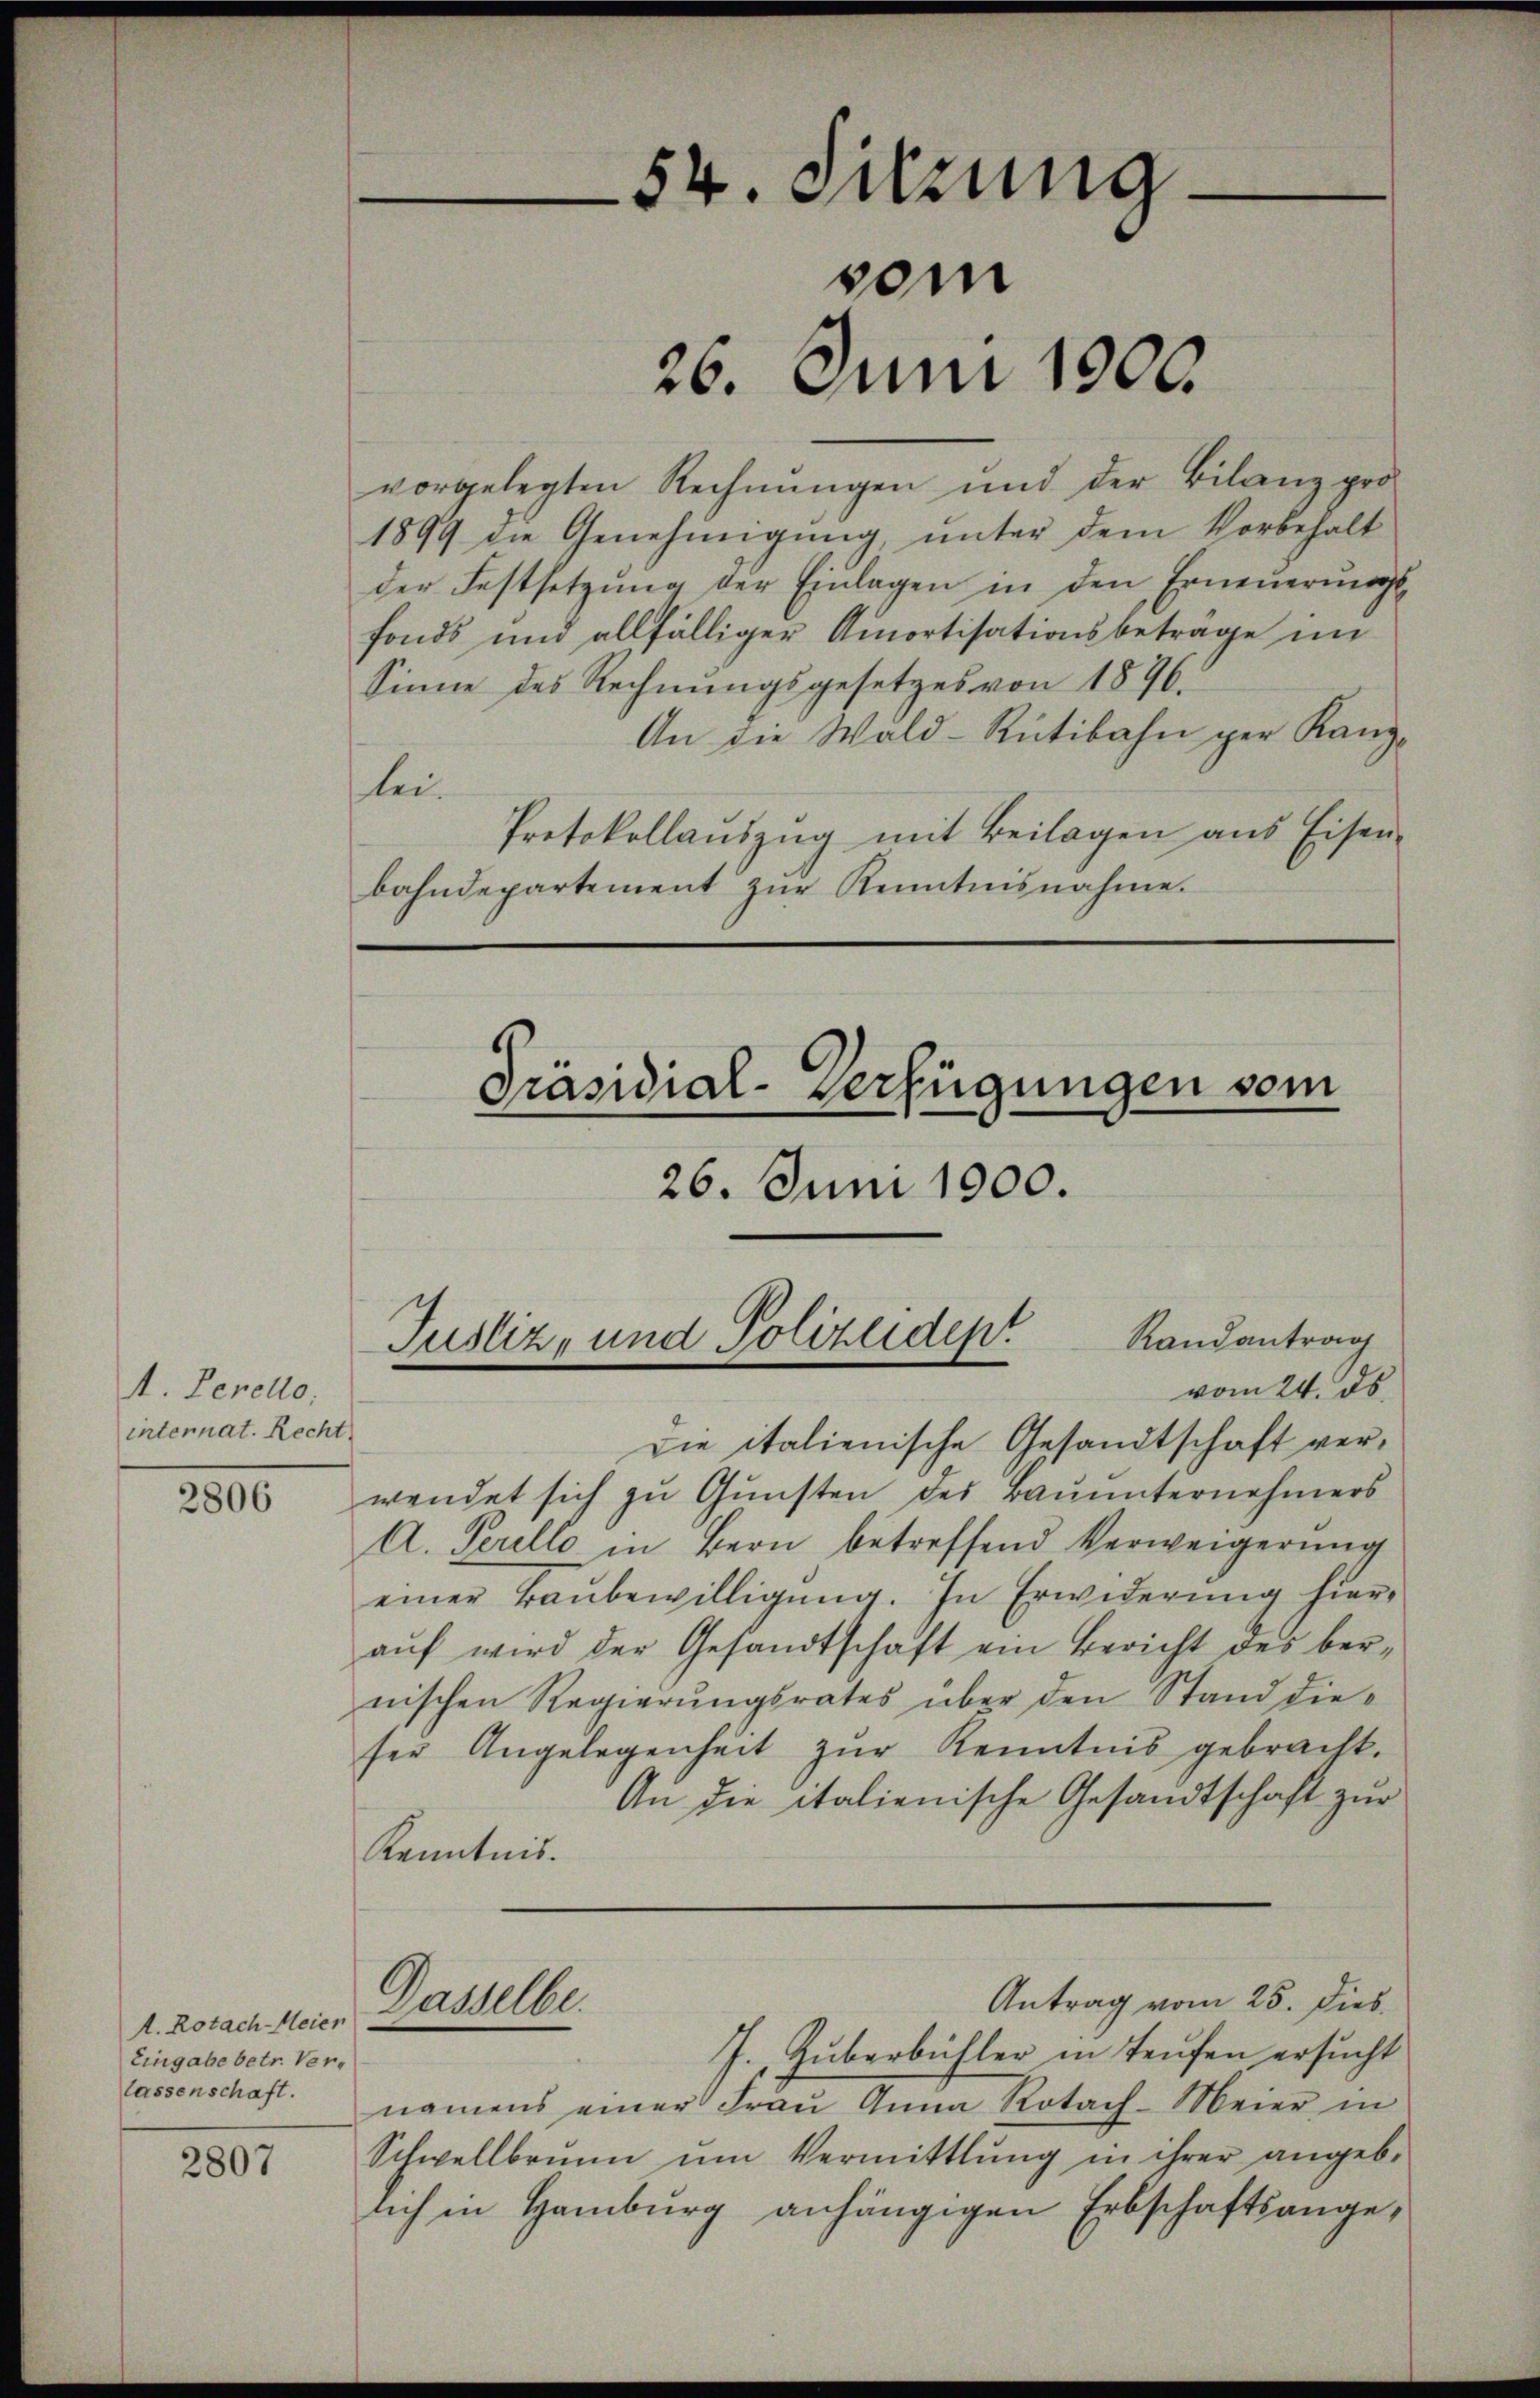
A. Zerello.
internat. Recht

2806

A. Rotach Meier
Eingabe betr. Verlassenschaft.

2807

54. Sitzung
vom
26. Juni 1900.

vorgelegten Rechnungen und der Bilanz pro
1899 die Genehmigŭng ŭnter dem Vorbehalt
der Festsetzŭng der Einlagen in den Erneuerungs-
fonds und allfälliger Amortisationsbeträge im
Sinne des Rechnungsgesetzes von 1876.
An die Wald-Rütibahn per Kanz-
lei.
Protokollauszug mit Beilagen aus Eisen-
bahndepartement zŭr Kenntnisnahme.

vom 24. ds.
Die italienische Gesandtschaft verwendet sich zu Gunsten des Bauunternehmers
A. Terelle in Bern betreffend Verweigerung
einer Baŭbewilligung. In Erwiderung hieraŭf wird der Gesandtschaft ein Bericht des bernischen Regierŭngsrates über den Stand dieser Angelegenheit zŭr Kenntnis gebracht.
An die italienische Gesandtschaft zur
Kenntnis.
Antrag vom 25. Dies
Dasselbe.
J. Guberbühler in Teufen ersucht
namens einer Fraŭ Anna Rotach-Meier in
Schwellbrunn ŭm Vermittlung in ihrer angebe
lich in Hamburg anhängigen Erbschaftsange¬

Präsidial-Verfügungen vom

26. Juni 1900.

Randantrag
Justiz- und Polizeident